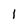
Character: 1